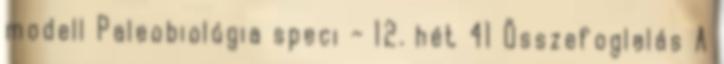
modell Paleobiológia speci – 12. hét 41 Összefoglalás A